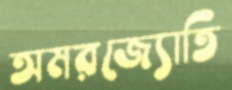
অমরজ্যোতি